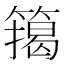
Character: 𮆉